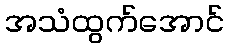
အသံထွက်အောင်